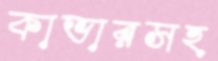
কাভারসহ